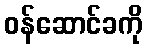
ဝန်ဆောင်ခကို